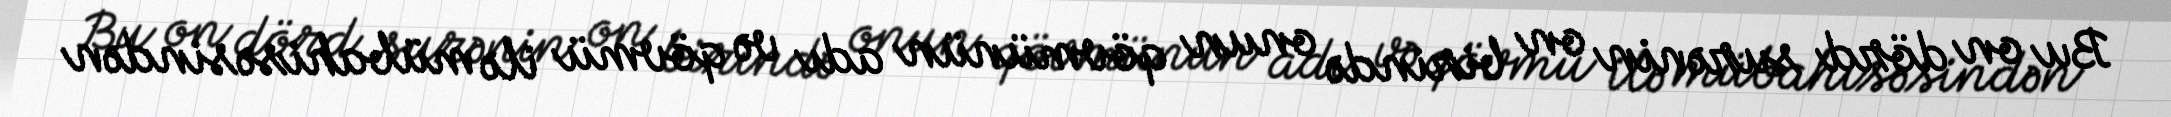
Bu on dörd surənin on birində onun qövmünün adı və qövmü ilə mübahisəsindən